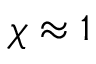
\chi \approx 1